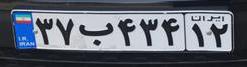
۳۷ب۴۳۴۱۲